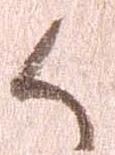
候